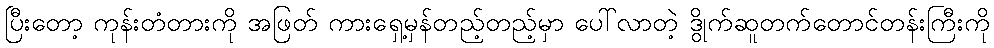
ပြီးတော့ ကုန်းတံတားကို အဖြတ် ကားရှေ့မှန်တည့်တည့်မှာ ပေါ်လာတဲ့ ဒွိုက်ဆူတက်တောင်တန်းကြီးကို